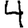
Digit: 4